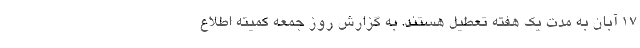
۱۷ آبان به مدت یک هفته تعطیل هستند. به گزارش روز جمعه کمیته اطلاع